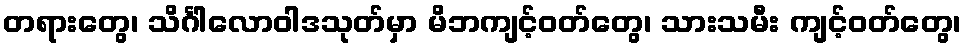
တရားတွေ၊ သိင်္ဂါလောဝါဒသုတ်မှာ မိဘကျင့်ဝတ်တွေ၊ သားသမီး ကျင့်ဝတ်တွေ၊